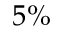
5 \%